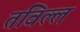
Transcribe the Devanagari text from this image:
तविल्ल